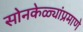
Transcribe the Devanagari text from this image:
सोनकेळ्यांप्रमाणे